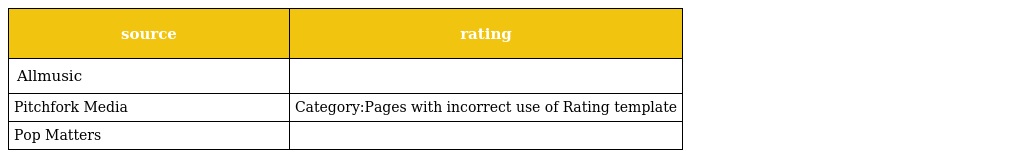
| source | rating |
 | --- | --- |
 | Allmusic |  |
 | Pitchfork Media | Category:Pages with incorrect use of Rating template |
 | Pop Matters |  |